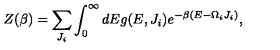
Z ( \beta ) = \sum _ { J _ { i } } \int _ { 0 } ^ { \infty } d E g ( E , J _ { i } ) e ^ { - \beta ( E - \Omega _ { i } J _ { i } ) } ,